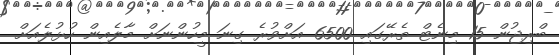
ބްރިޖުން 15 މިނެޓް ތެރޭގައި 6500 އަށްވުރެ ގިނަ މީހުންނަށް މާލެއިން ހުޅުލެއަށް